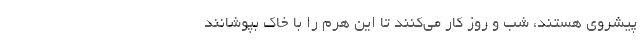
پیشروی هستند، شب و روز کار می‌کنند تا این هرم‌ را با خاک بپوشانند